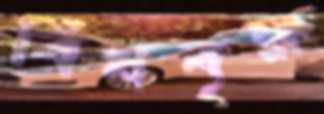
বিষবৃক্ষ